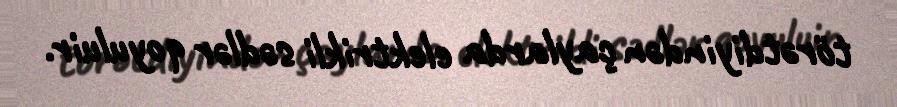
törətdiyindən çaylarda elektrikli sədlər qoyuluir.